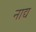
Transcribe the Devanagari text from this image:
नाद्य